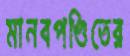
মানবপণ্ডিতের